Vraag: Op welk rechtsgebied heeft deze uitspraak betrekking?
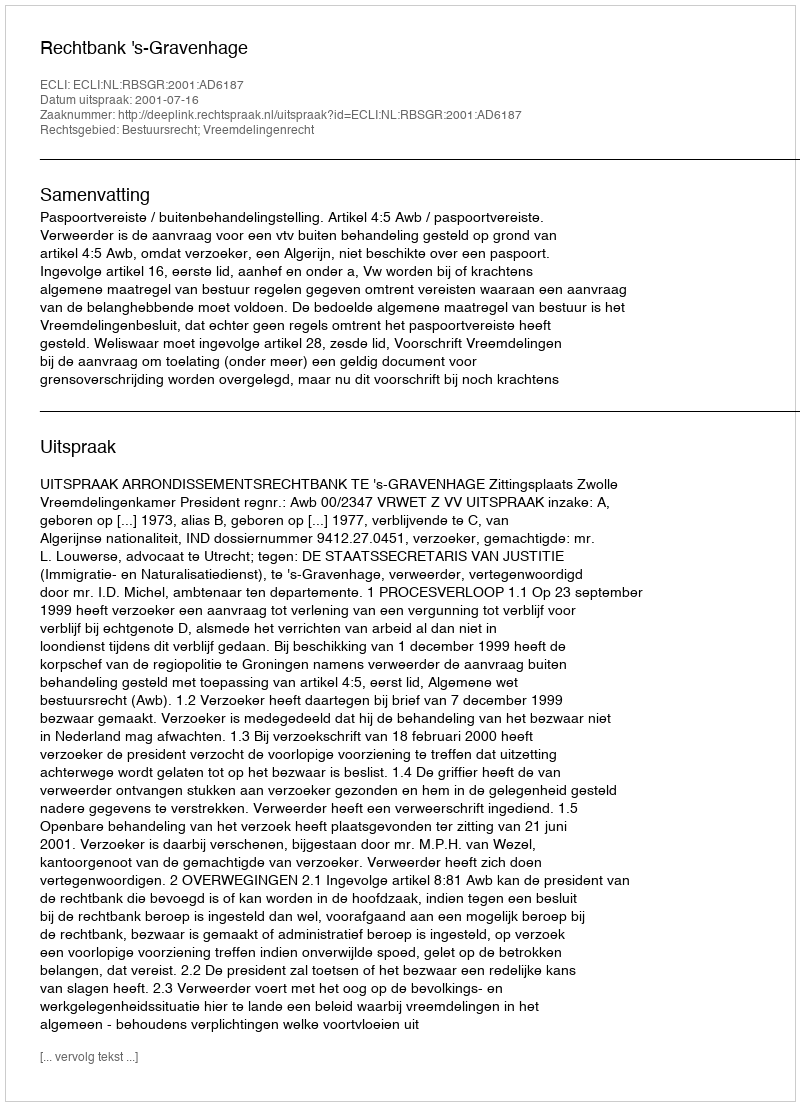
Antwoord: Bestuursrecht; Vreemdelingenrecht